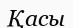
Қасы